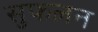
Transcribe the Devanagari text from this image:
सुफलन